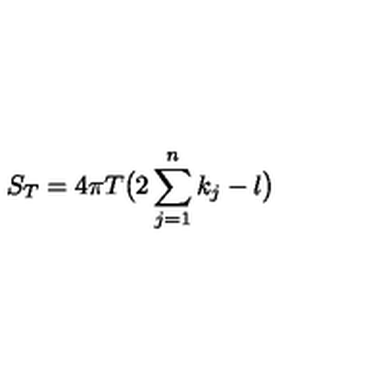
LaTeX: S _ { T } = 4 \pi T \bigl ( 2 \sum _ { j = 1 } ^ { n } k _ { j } - l \bigr )